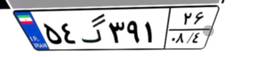
۵۴گ۳۹۱۲۶